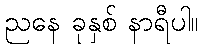
ညနေ ခုနှစ် နာရီပါ။